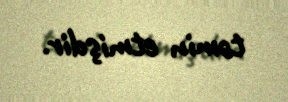
təmin etmişdir.